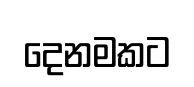
දෙනමකට